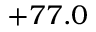
+ 7 7 . 0